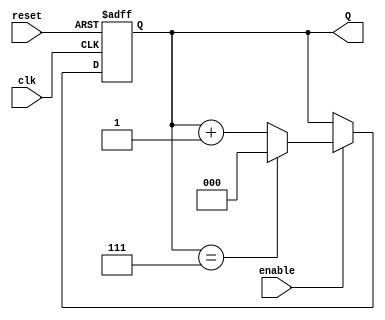
module binary_up_counter #(
    parameter WIDTH = 3  // Number of bits in the counter
) (
    input wire clk,      // Clock input
    input wire reset,    // Asynchronous reset
    input wire enable,   // Enable signal
    output reg [WIDTH-1:0] Q  // Current count value
);

    // Asynchronous reset and counting logic
    always @(posedge clk or posedge reset) begin
        if (reset) begin
            Q <= 0;  // Reset the counter to 0
        end else if (enable) begin
            if (Q == (2**WIDTH - 1)) begin
                Q <= 0;  // Roll over to 0
            end else begin
                Q <= Q + 1;  // Increment the counter
            end
        end
    end

endmodule